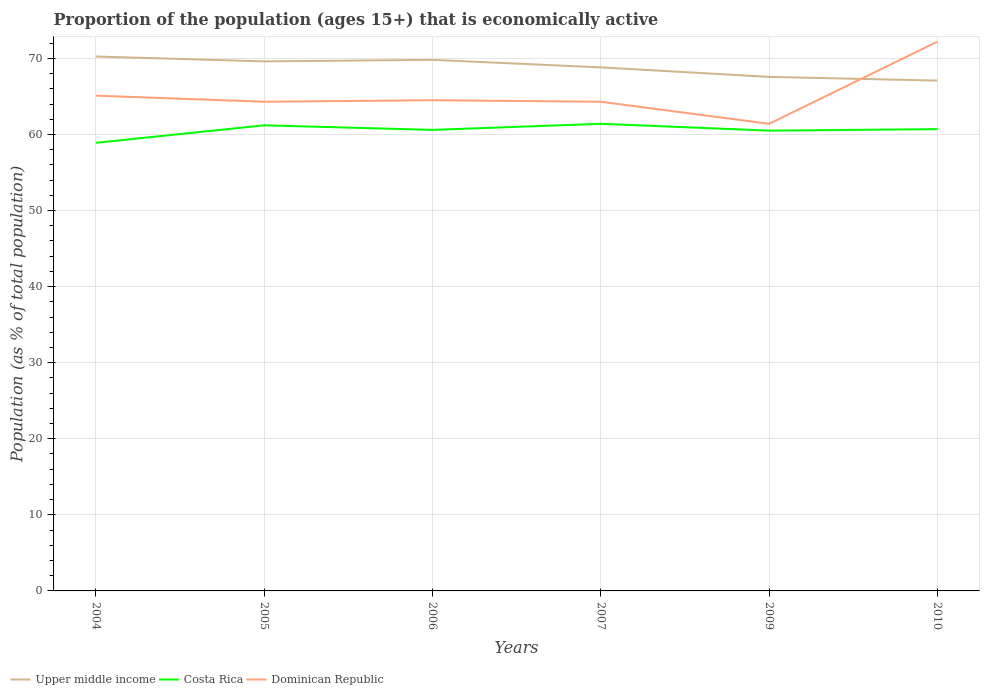
| Years | Upper middle income | Costa Rica | Dominican Republic |
 | --- | --- | --- | --- |
 | 2004 | 70.2 | 58.9 | 65.1 |
 | 2005 | 69.6 | 61.2 | 64.3 |
 | 2006 | 69.8 | 60.6 | 64.5 |
 | 2007 | 68.8 | 61.4 | 64.3 |
 | 2009 | 67.6 | 60.5 | 61.4 |
 | 2010 | 67.1 | 60.7 | 72.2 |